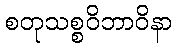
စတုသစ္စဝိဘာဝိနာ